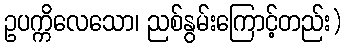
ဥပက္ကိလေသော၊ ညစ်နွမ်းကြောင့်တည်း)